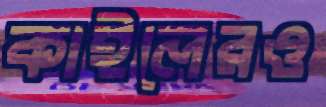
কাইলেরও